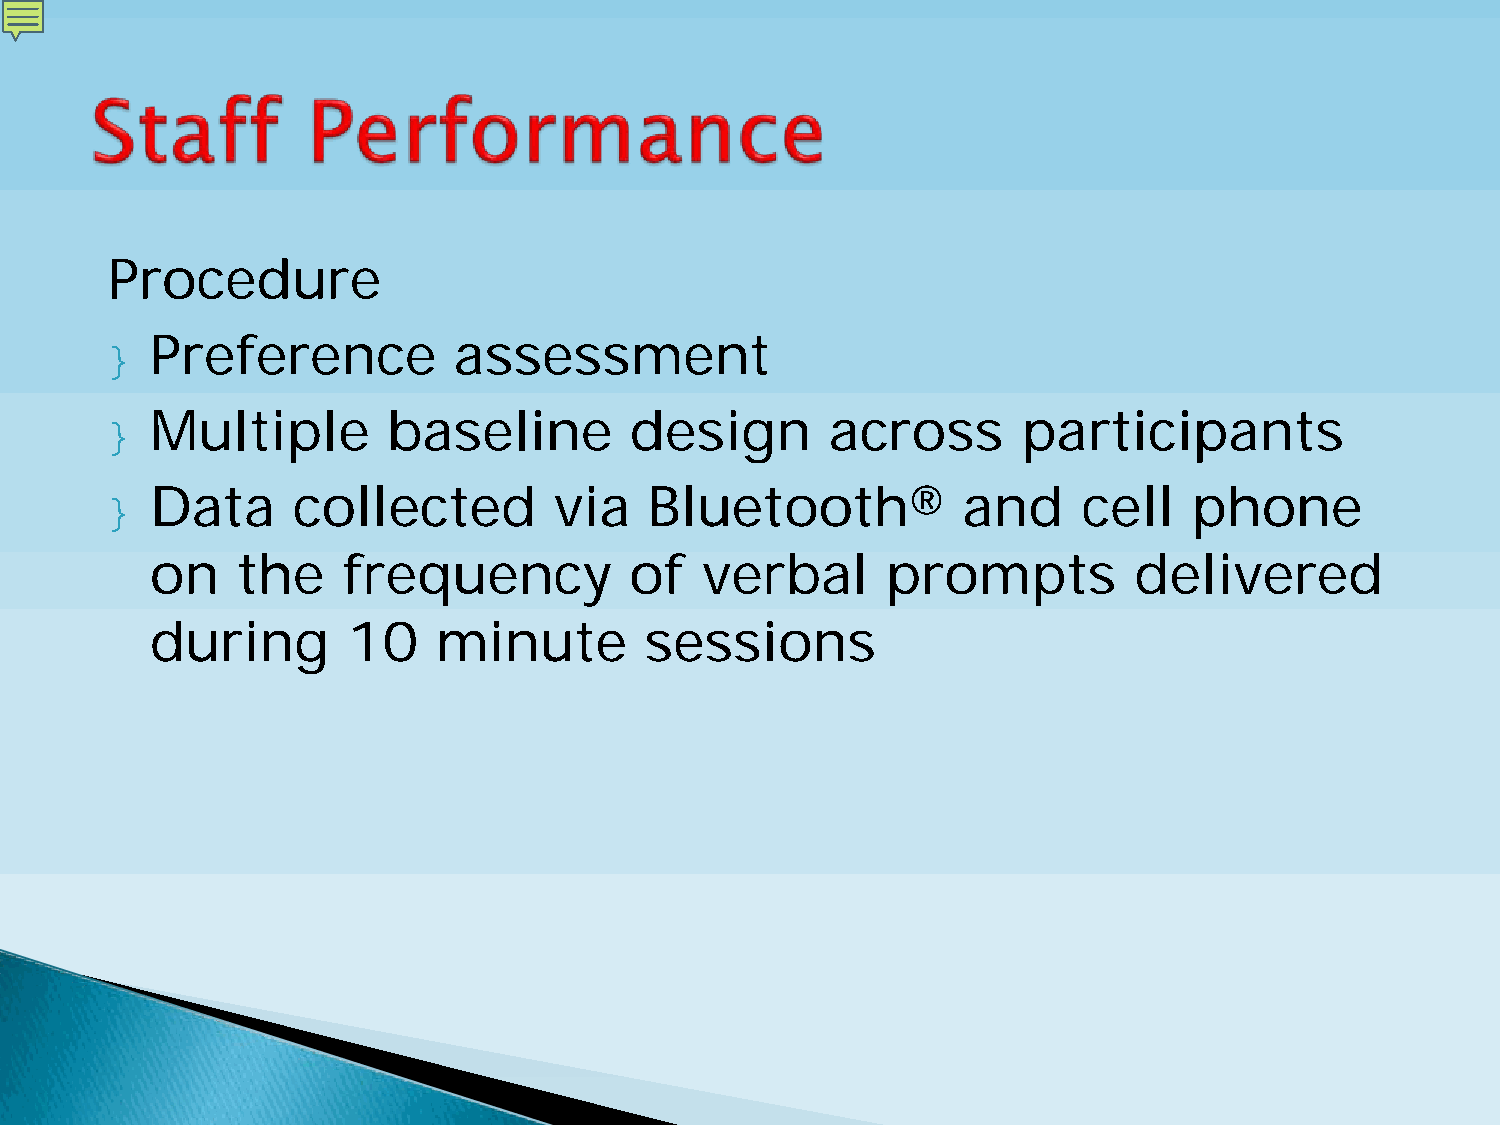
Procedure
 }  Preference          assessment
 }  Multiple        baseline        design       across       participants
 }  Data     collected         via   Bluetooth®           and     cell   phone
 on    the    frequency          of  verbal       prompts         delivered
 during       10    minute        sessions